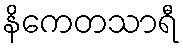
နိကေတသာရီ